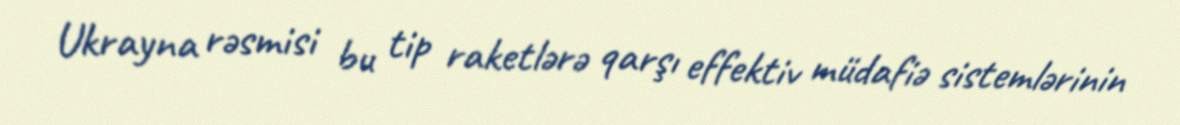
Ukrayna rəsmisi bu tip raketlərə qarşı effektiv müdafiə sistemlərinin